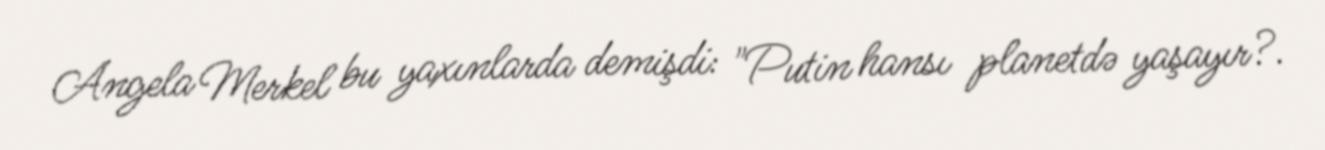
Angela Merkel bu yaxınlarda demişdi: "Putin hansı planetdə yaşayır?.